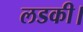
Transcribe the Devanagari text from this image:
लडकी।